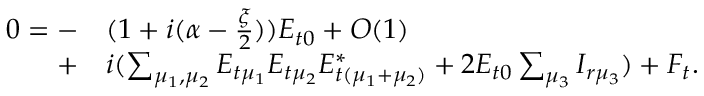
\begin{array} { r l } { 0 = - } & { { } ( 1 + i ( \alpha - \frac { \xi } { 2 } ) ) E _ { t 0 } + O ( 1 ) } \\ { + } & { { } i ( \sum _ { \mu _ { 1 } , \mu _ { 2 } } E _ { t \mu _ { 1 } } E _ { t \mu _ { 2 } } E _ { t ( \mu _ { 1 } + \mu _ { 2 } ) } ^ { * } + 2 E _ { t 0 } \sum _ { \mu _ { 3 } } I _ { r \mu _ { 3 } } ) + F _ { t } . } \end{array}